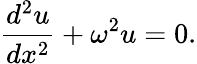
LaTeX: {\frac{d^{2}u}{dx^{2}}}+\omega^{2}u=0.